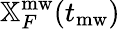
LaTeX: \mathbb{X}_{F}^{\mathrm{mw}}(t_{\mathrm{mw}})